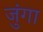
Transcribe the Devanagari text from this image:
जुंगा